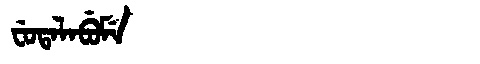
Manchu: ᠸᡠᡨᠠᠯᠠᠪᡠᠮᡝ
Romanization: FUTALABUME